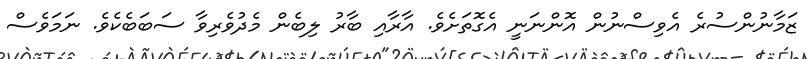
ޒަމާނުންސުރެ އެވިސްނުން އޮންނަނީ އެގޮތަށެވެ. އާރާއި ބާރު ލިބެން މެދުވެރިވާ ސަބަބެކެވެ. ނަމަވެސް